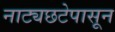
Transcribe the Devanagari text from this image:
नाट्यछटेपासून